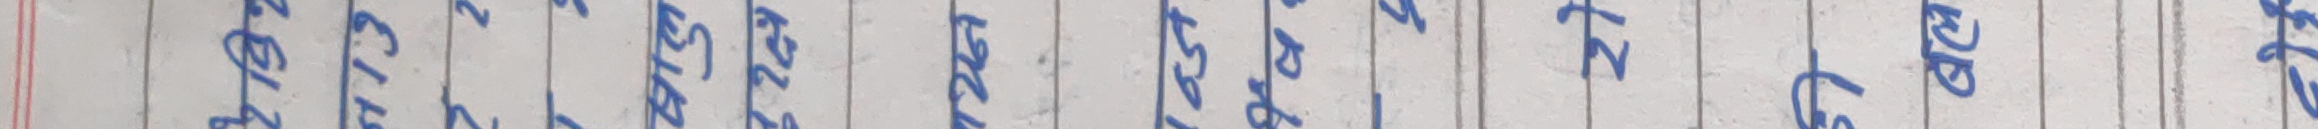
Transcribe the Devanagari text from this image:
एउटै हो